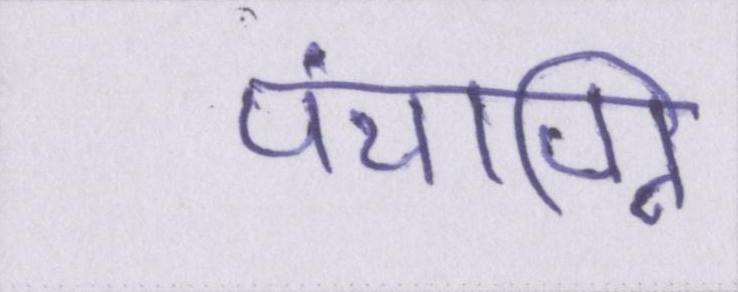
पंचाग्नि